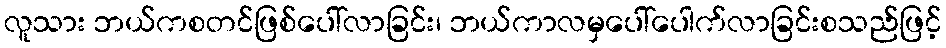
လူသား ဘယ်ကစတင်ဖြစ်ပေါ်လာခြင်း၊ ဘယ်ကာလမှပေါ်ပေါက်လာခြင်းစသည်ဖြင့်